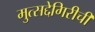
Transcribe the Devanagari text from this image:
मुत्सद्देगिरीची